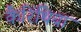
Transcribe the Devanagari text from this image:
कैरिंथिया